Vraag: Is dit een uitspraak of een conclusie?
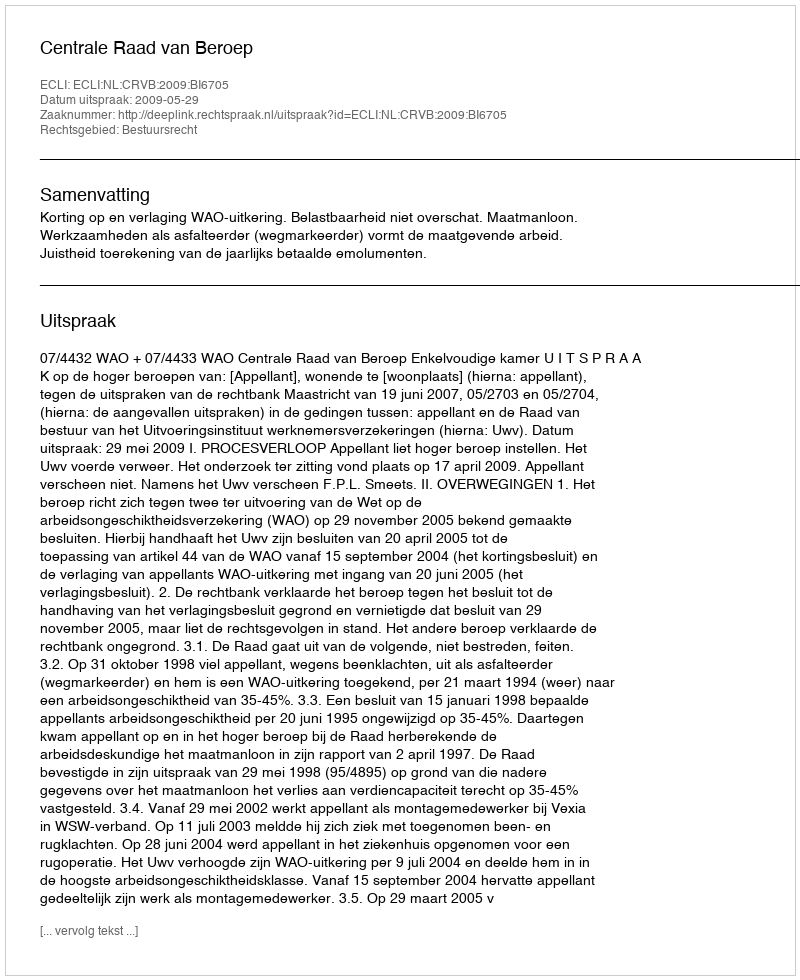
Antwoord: Uitspraak